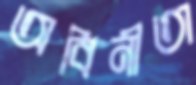
অবিনীতা